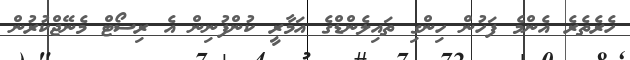
ހެރެތެރެ އެންމެ ފަހުން ހިންގި ތައިލެންޑްގެ އަމާރީ ކުންފުނިން އެ ރިސޯޓް މެނޭޖްކުރުން